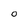
Character: 0